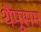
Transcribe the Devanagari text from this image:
थैपुसम